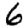
Digit: 6